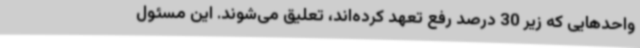
واحدهایی که زیر 30 درصد رفع تعهد کرده‌اند، تعلیق می‌شوند. این مسئول